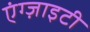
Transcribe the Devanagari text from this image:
एंग्ज़ाइटी